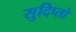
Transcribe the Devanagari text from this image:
सुदिप्तो